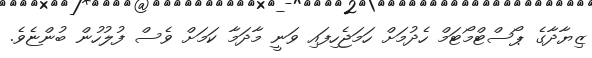
ޒިޔާދާގެ ޕޯސްޓްމޯޓަމް ހެދުމަަށް ހަމަޖެހިފައި ވަނީ މާދަމާ ކަމަށް ވެސް ފުލުހުން ބުންޏެވެ.